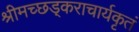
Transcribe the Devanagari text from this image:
श्रीमच्छड़्कराचार्यकृतं